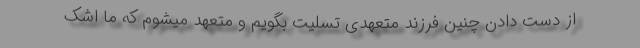
از دست دادن چنین فرزند متعهدی تسلیت بگویم و متعهد میشوم که ما اشک